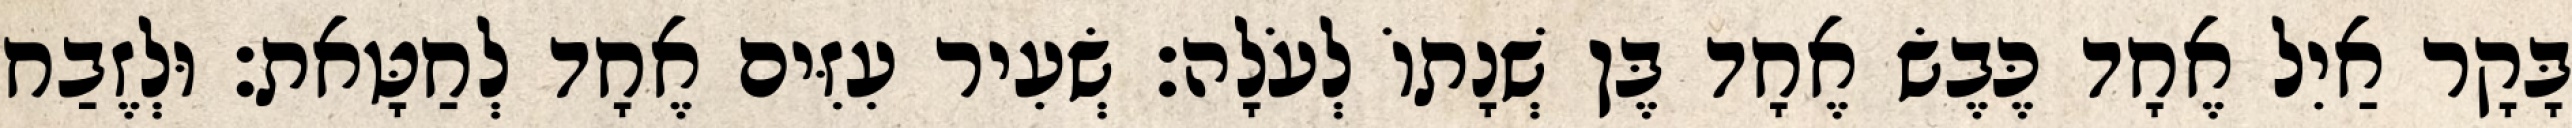
בָּקָר אַיִל אֶחָד כֶּבֶשׂ אֶחָד בֶּן שְׁנָתוֹ לְעֹלָה׃ שְׂעִיר עִזִּים אֶחָד לְחַטָּאת׃ וּלְזֶבַח